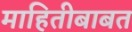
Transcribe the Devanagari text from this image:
माहितीबाबत